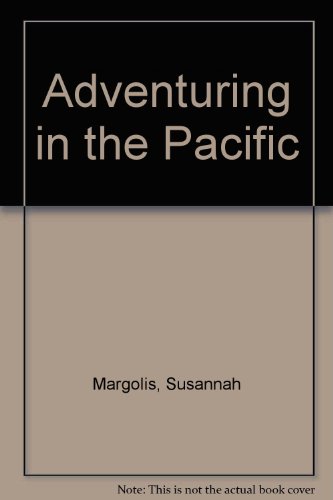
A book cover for ADVENTURING IN THE PACIFIC (The Sierra Club adventure travel guides); Susanna Margolis; Travel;